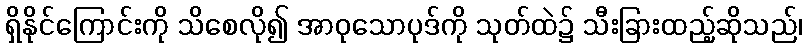
ရှိနိုင်ကြောင်းကို သိစေလို၍ အာဝုသောပုဒ်ကို သုတ်ထဲ၌ သီးခြားထည့်ဆိုသည်၊